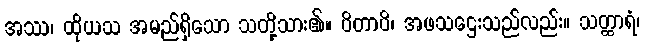
အဿ၊ ထိုယသ အမည်ရှိသော သတို့သား၏။ ပိတာပိ၊ အဖသဌေးသည်လည်း။ သတ္ထာရံ၊